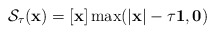
\begin{align*}\mathcal{S}_{\tau}(\mathbf{x}) = [\mathbf{x}]\max(|\mathbf{x}|-\tau \mathbf{1},\mathbf{0}) \end{align*}